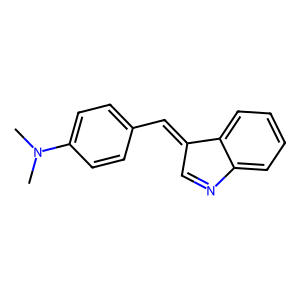
SMILES: CN(C)c1ccc(C=C2C=Nc3ccccc32)cc1
Inhibits HIV replication: No